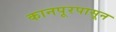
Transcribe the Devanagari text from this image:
कानपूरपासून